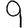
Digit: 9